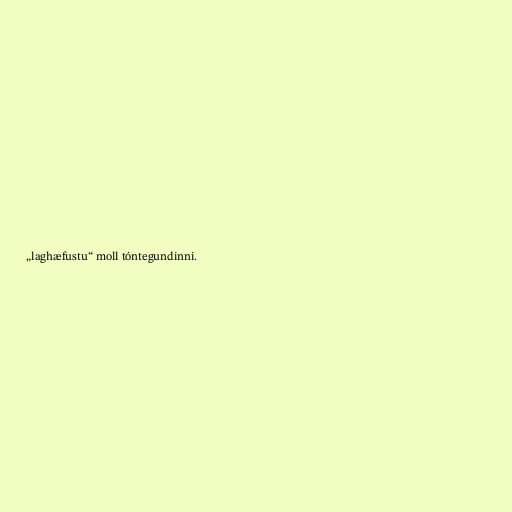
„laghæfustu“ moll tóntegundinni.